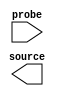

module ISSP (
	source,
	probe);	

	output	[1:0]	source;
	input	[1:0]	probe;
endmodule